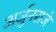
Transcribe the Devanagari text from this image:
अर्जुनराजे